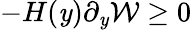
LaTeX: -H(\mathit{y})\partial_{\mathit{y}}\mathcal{{W}}\geq0